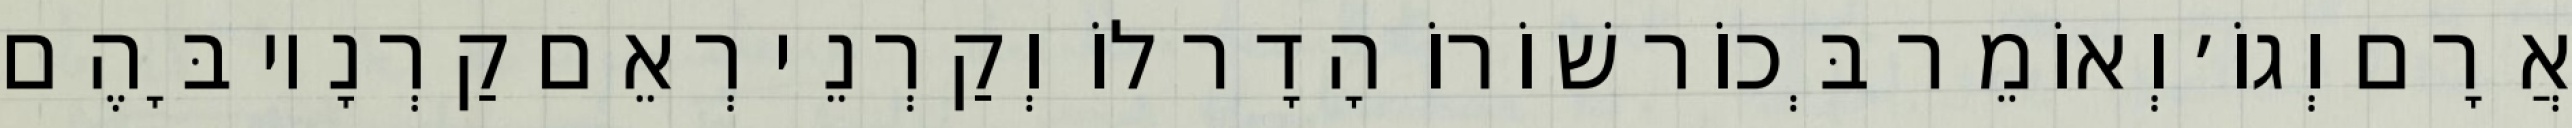
אֲרָם וְגוֹ׳ וְאוֹמֵר בְּכוֹר שׁוֹרוֹ הָדָר לוֹ וְקַרְנֵי רְאֵם קַרְנָיו בָּהֶם